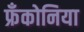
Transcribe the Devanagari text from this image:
फ्रँकोनिया